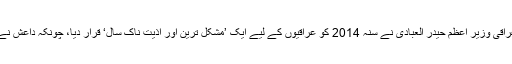
سال نو کے خطاب میں، عراقی وزیر اعظم حیدر العبادی نے سنہ 2014 کو عراقیوں کے لیے ایک ’مشکل ترین اور اذیت ناک سال‘ قرار دیا، چونکہ داعش نے حملوں میں تیزی پیدا کی۔